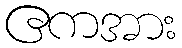
ဧကအား